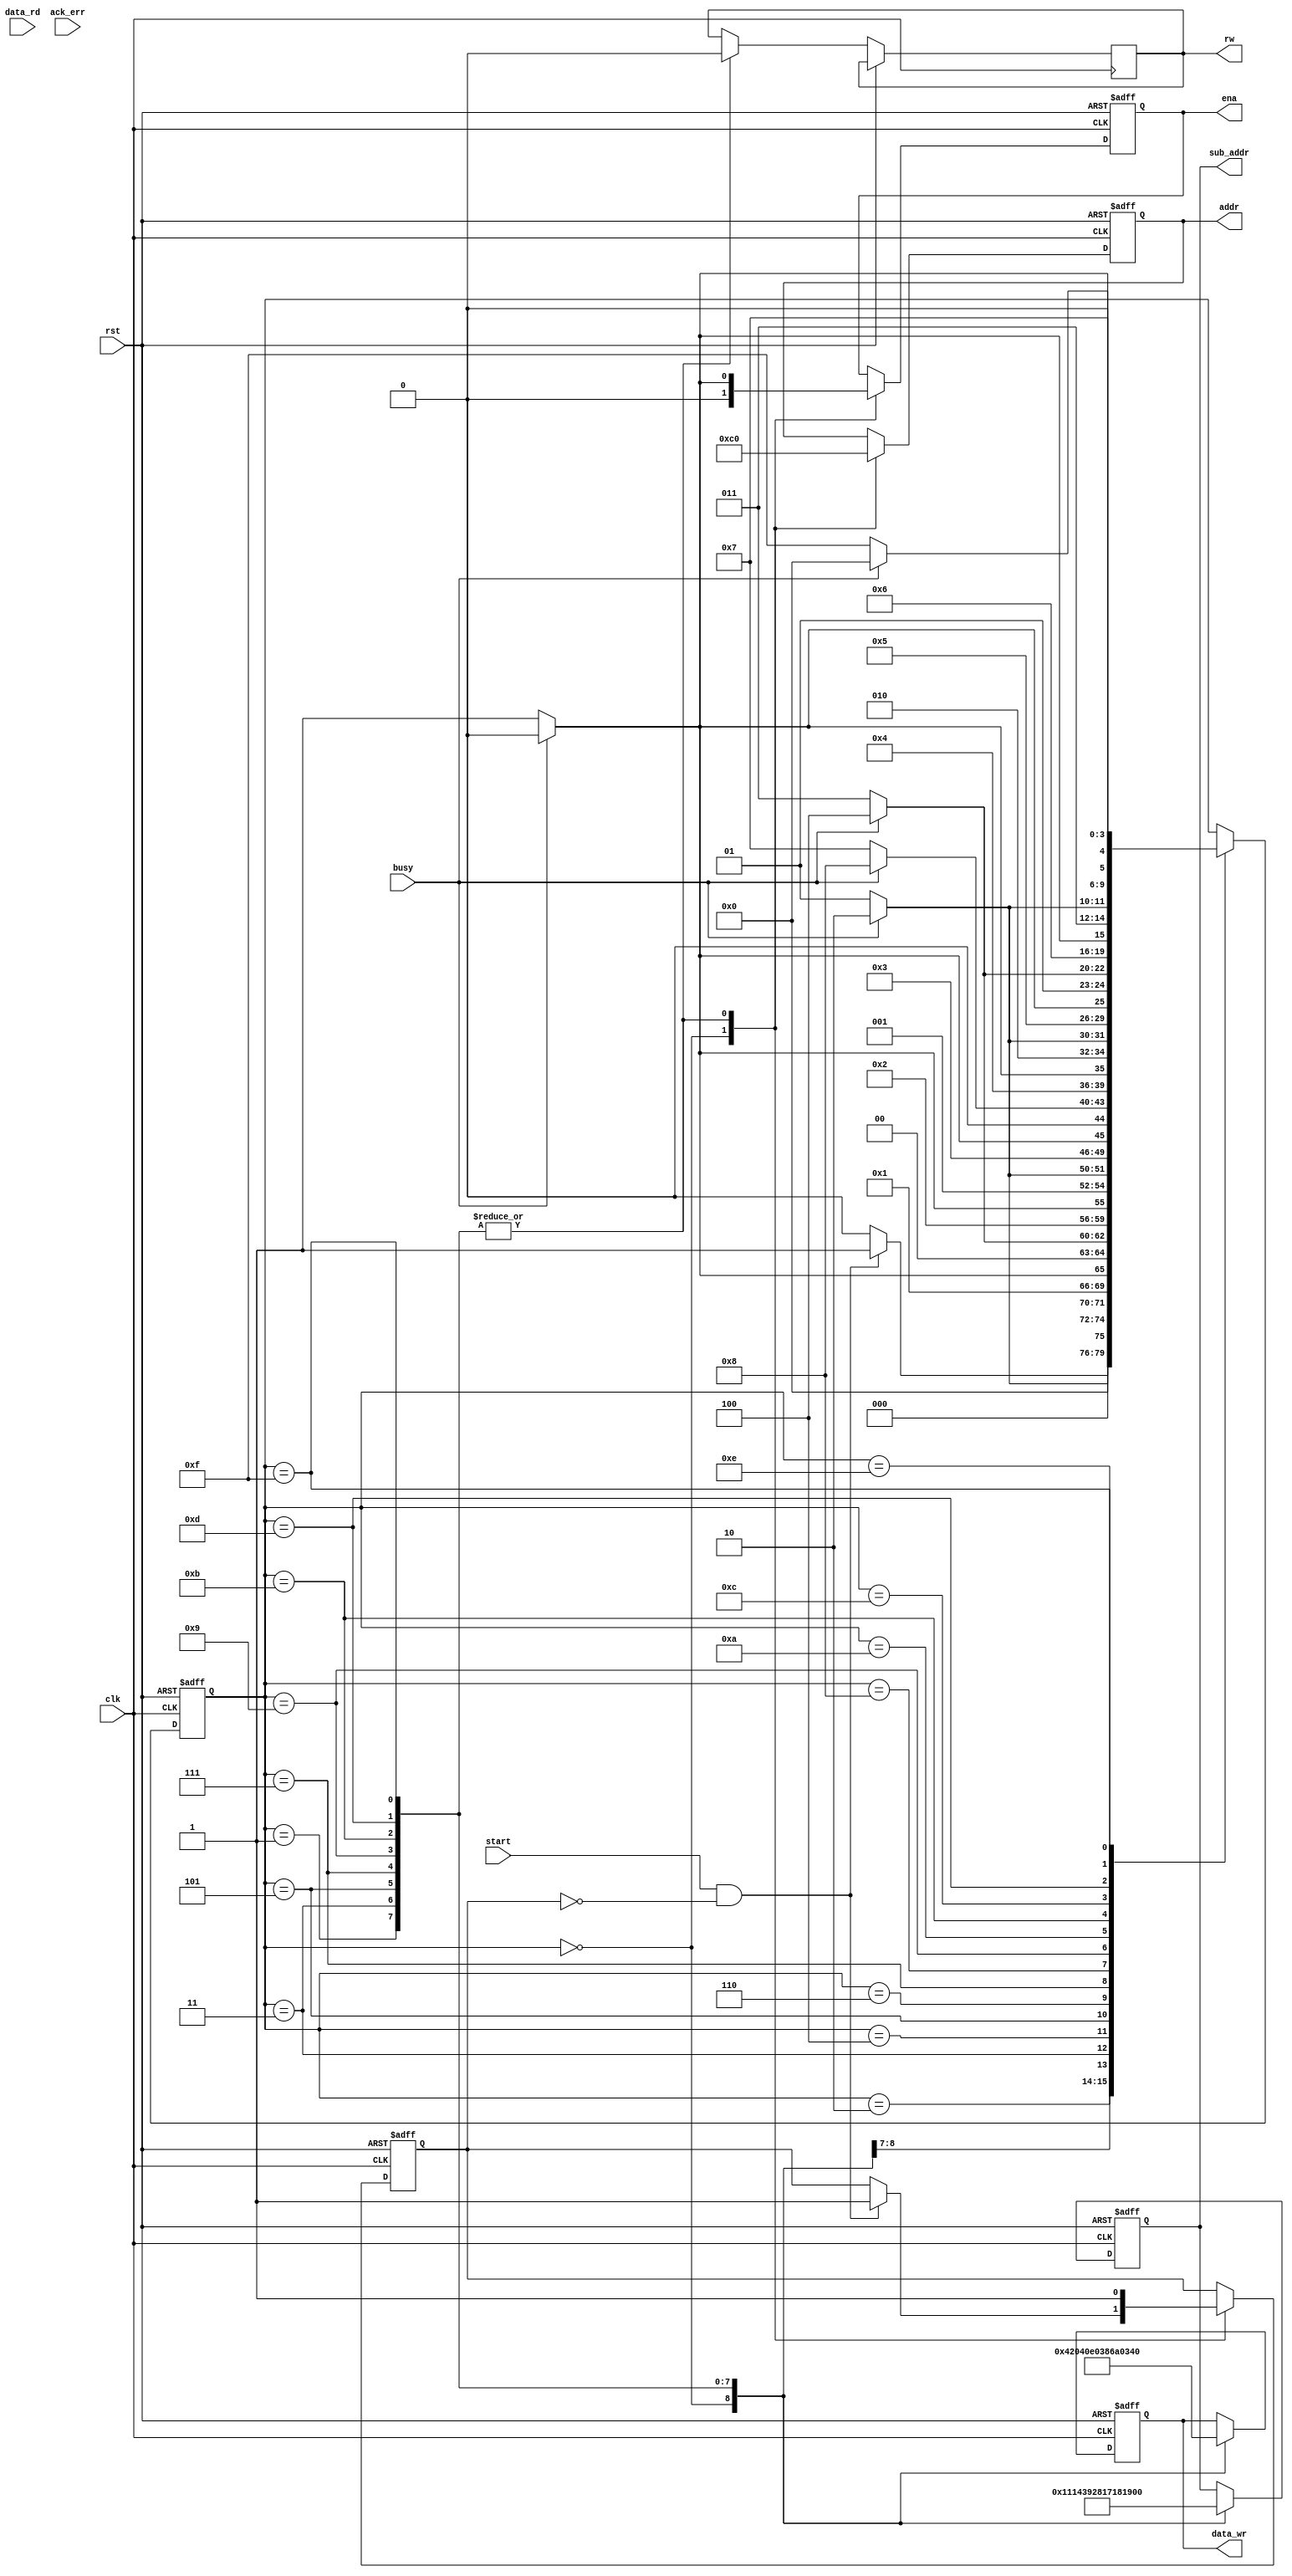
//////////////////////////////////////////////////////////////////////////////////
// Company: 
// Engineer: 
// 
// Design Name: 
// Module Name:    cam_driver 
// Project Name: 
// Target Devices: 
// Tool versions: 
// Description: 
//
// Dependencies: 
//
// Revision: 
// Revision 0.01 - File Created
// Additional Comments: 
//
//////////////////////////////////////////////////////////////////////////////////
module Camera_Initializer(
	input clk,
	input start,
	output reg ena,
	output reg [7:0] addr,
	output reg [7:0] data_wr,
	output reg [7:0] sub_addr,
	input [7:0] data_rd,
	output reg rw,
	input ack_err,
	input busy,
	input rst
	);
	
localparam STATE_SIZE = 4;
localparam  idle = 0,
				sending1 = 1,
				wait1 = 2,
				sending2 = 3,
				wait2 = 4,
				sending3 = 5,
				wait3 = 6,
				sending4 = 7,
				wait4 = 8,
				sending5 = 9,
				wait5 = 10,
				sending6 = 11,
				wait6 = 12,
				sending7 = 13,
				wait7 = 14,
				sending8 = 15;				
				
reg [STATE_SIZE:0] state;
integer busy_count = 0;
reg prev_busy = 0;
reg prev_start = 0;
//reg [7:0] addr; 
//reg ena;
//reg [7:0] data_wr;
//reg rw;

always @(posedge clk or posedge rst) begin
	if(rst) begin
		ena <= 0;
		prev_start <= 0;
		state <= idle;
		addr <= 8'h00;
		data_wr<= 8'h00;
		sub_addr<= 8'h00;
	end else begin
		case(state)
			//wait for button press to start the initialization
			idle:begin
				ena <= 0;
				addr<= 8'h00;
				data_wr<= 8'h00;
				sub_addr<= 8'h00;
				if((start == 1) && prev_start == 0)begin
						state <= sending1;
						prev_start <= 1;
				end else begin
					state <= idle;
				end
			end
			//send the clkrc
			sending1:begin
				prev_start <= 1;
				ena <= 1;
				rw <= 0;
				addr<= 8'b11000000;
				sub_addr <=8'h11;
				data_wr <= 8'h04;	//4 gives just over 10 frames per second
				if(busy == 1) begin
					ena <= 0;
					state <= wait1;
				end else begin
					state <= sending1;
				end
			end
			wait1:begin
				if(busy == 0)begin
					state <= sending2;
				end else begin
					state <= wait1;
				end
			end
			//send the comc 
			sending2:begin
				prev_start <= 1;
				ena <= 1;
				rw <= 0;
				addr<= 8'b11000000;
				sub_addr <=8'h14;
				data_wr <= 8'h20;
				if(busy == 1) begin
					ena <= 0;
					state <= wait2;
				end else begin
					state <= sending2;
				end 
			end
			wait2: begin
				if(busy == 0) begin
					state <= sending3;
				end else begin
					state <= wait2;
				end
			end
			//send the coml which sets pclk to only work with href
			sending3: begin
				prev_start <= 1;
				ena <= 1;
				rw <= 0;
				addr<= 8'b11000000;
				sub_addr <=8'h39;
				data_wr <= 8'h40;
				if(busy == 1) begin
					ena <= 0;
					state <= wait3;
				end else begin
					state <= sending3;
				end
			end
			wait3: begin
				if(busy == 0) begin
					state <= sending4;
				end else begin
					state <= wait3;
				end
			end
			//send the comh to setup for black/white mode
			sending4: begin
				prev_start <= 1;
				ena <= 1;
				rw <= 0;
				addr<= 8'b11000000;
				sub_addr <=8'h28;
				data_wr <= 8'hE0;
				if(busy == 1) begin
					ena <= 0;
					state <= wait4;
				end else begin
					state <= sending4;
				end
			end
			wait4: begin
				if(busy == 0) begin
					state <= sending5;
				end else begin
					state <= wait4;
				end
			end
			//send the hrefst
			sending5: begin
				prev_start <= 1;
				ena <= 1;
				rw <= 0;
				addr<= 8'b11000000;
				sub_addr <=8'h17;
				data_wr <= 8'h38;
				if(busy == 1) begin
					ena <= 0;
					state <= wait5;
				end else begin
					state <= sending5;
				end
			end
			wait5: begin
				if(busy == 0) begin
					state <= sending6;
				end else begin
					state <= wait5;
				end
			end
			//send the hrefend
			sending6: begin
				prev_start <= 1;
				ena <= 1;
				rw <= 0;
				addr<= 8'b11000000;
				sub_addr <=8'h18;
				data_wr <= 8'h6A;
				if(busy == 1) begin
					ena <= 0;
					state <= wait6;
				end else begin
					state <= sending6;
				end
			end
			wait6: begin
				if(busy == 0) begin
					state <= sending7;
				end else begin
					state <= wait6;
				end
			end
			//send vstrt
			sending7: begin
				prev_start <= 1;
				ena <= 1;
				rw <= 0;
				addr<= 8'b11000000;
				sub_addr <=8'h19;
				data_wr <= 8'h03;
				if(busy == 1) begin
					ena <= 0;
					state <= wait7;
				end else begin
					state <= sending7;
				end
			end
			wait7: begin
				if(busy == 0) begin
					state <= sending8;
				end else begin
					state <= wait7;
				end
			end
			//send vend
			sending8: begin
				prev_start <= 1;
				ena <= 1;
				rw <= 0;
				addr<= 8'b11000000;
				sub_addr <=8'h1A;
				data_wr <= 8'h35;
				if(busy == 1) begin
					ena <= 0;
					state <= idle;
				end else begin
					state <= sending8;
				end
			end
		endcase
	end
end
endmodule